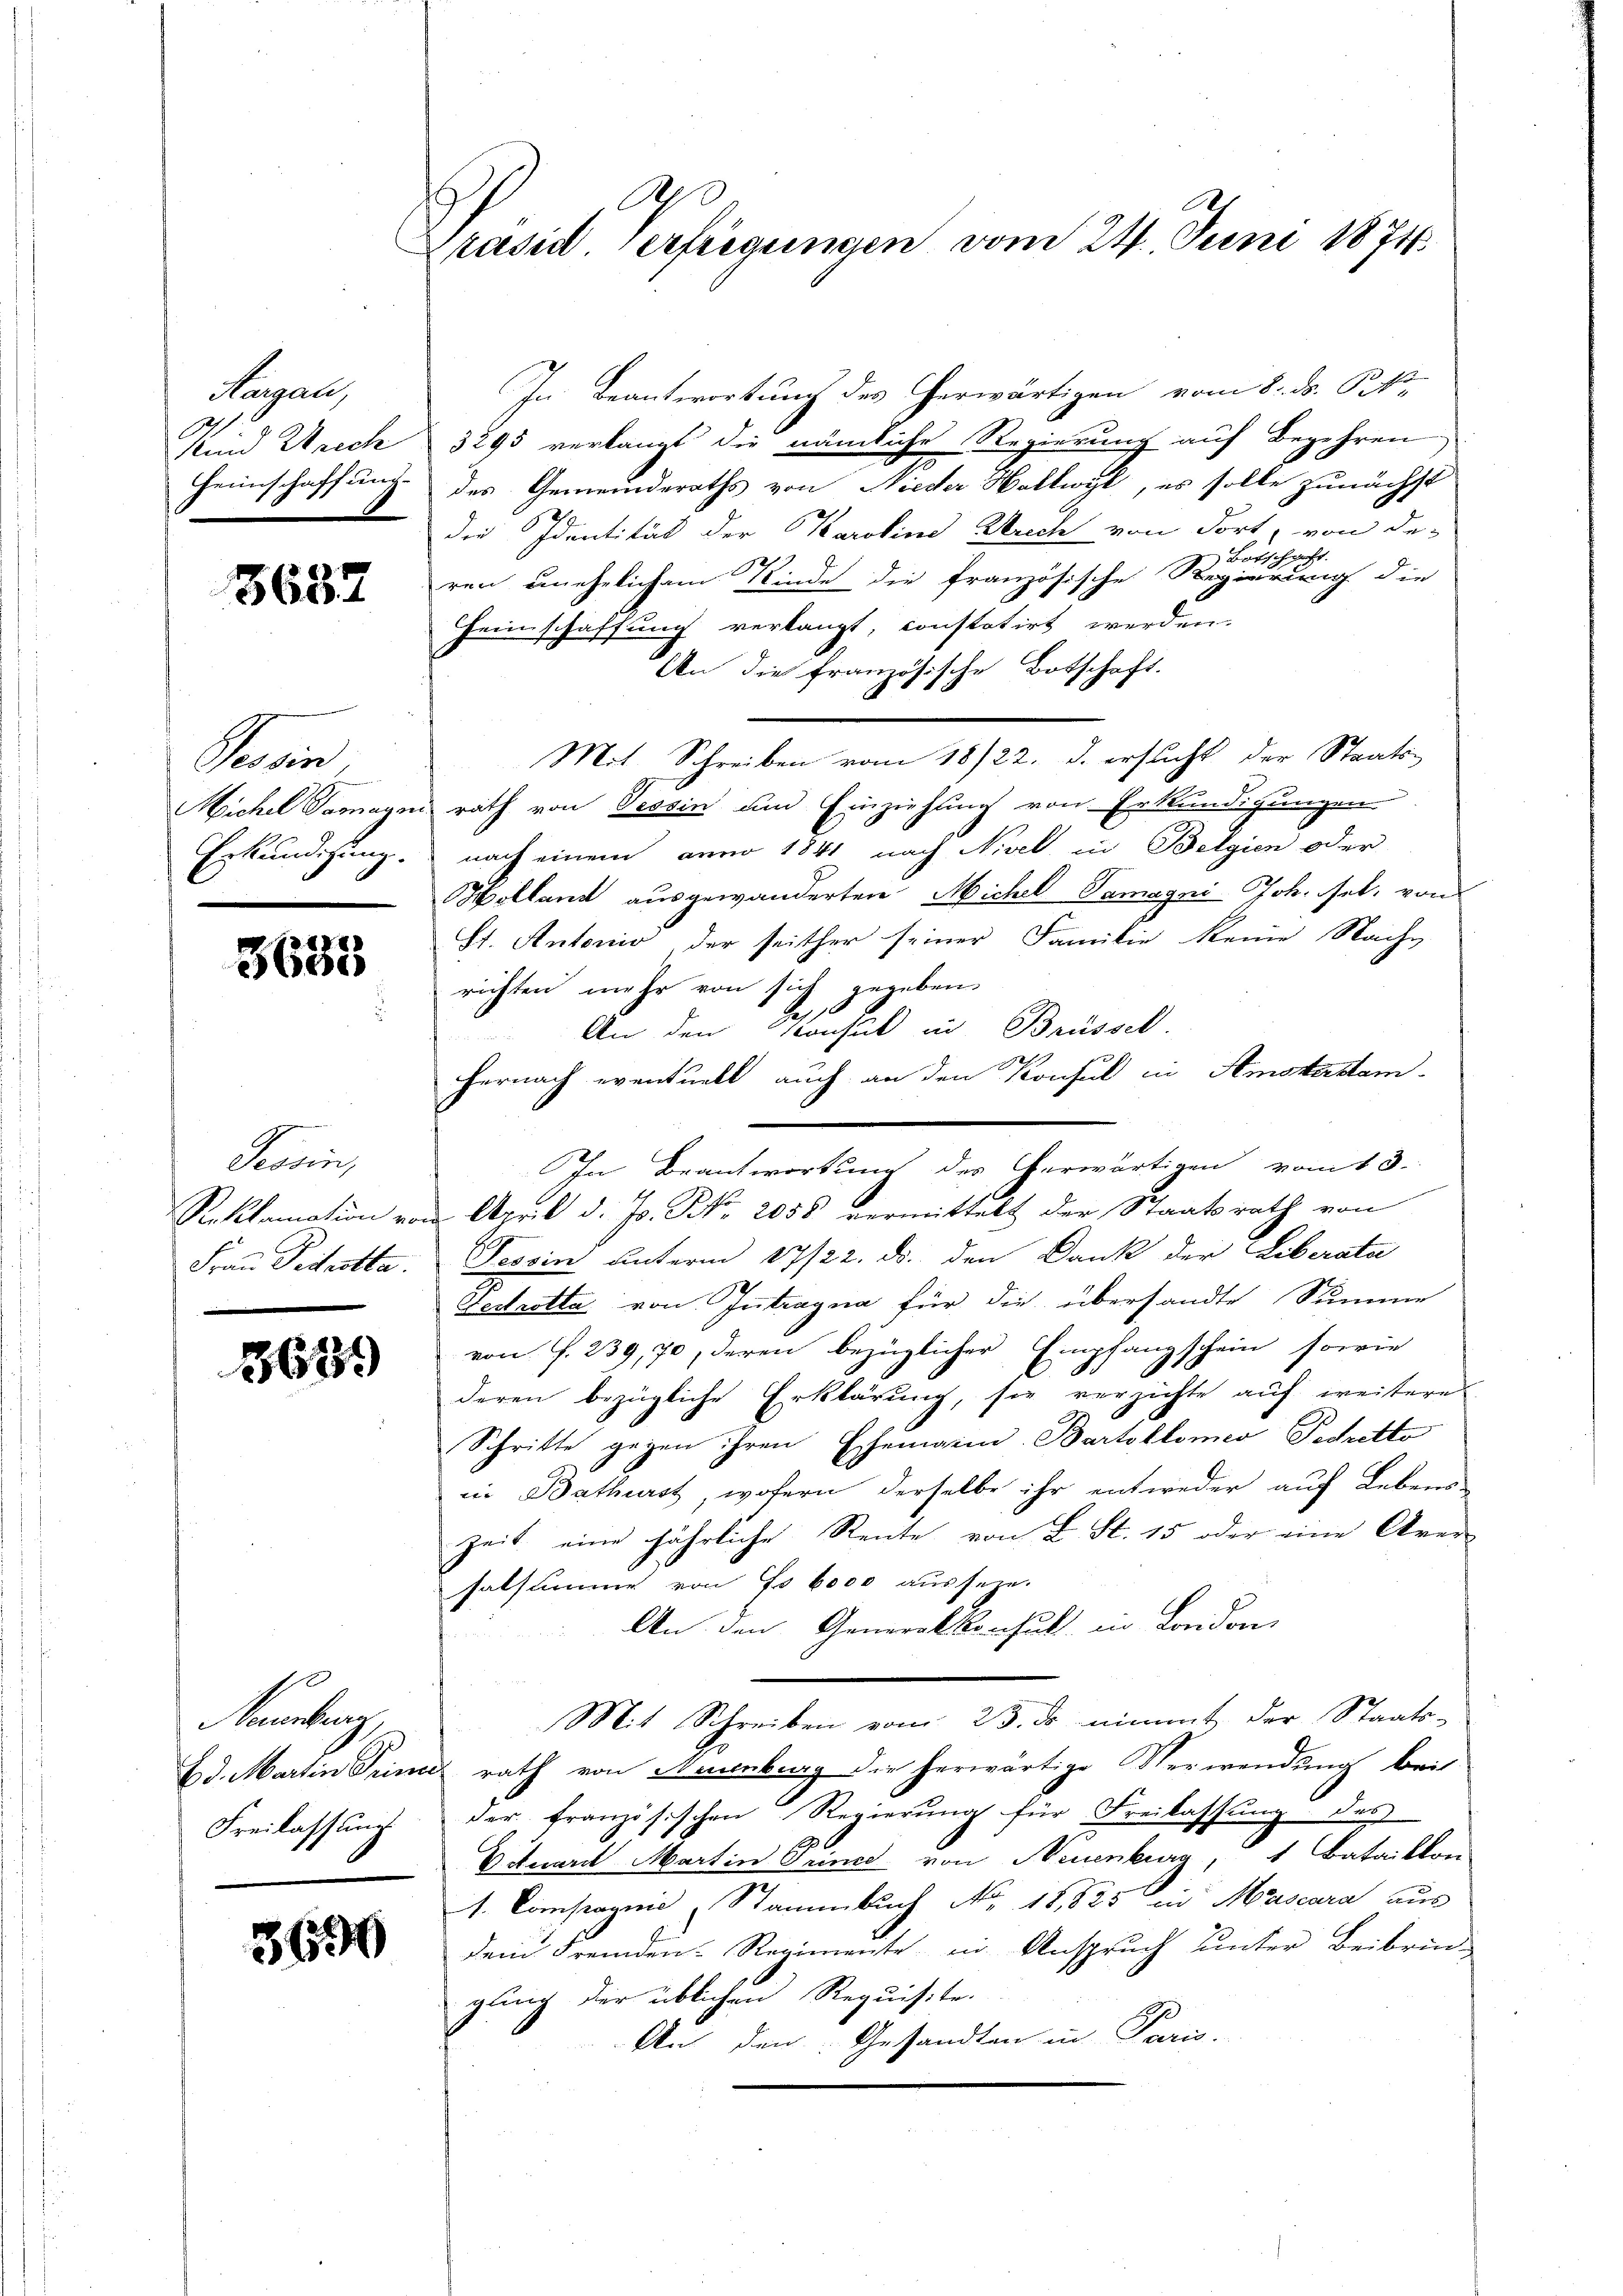
Aargau,
Kind Weich
Heimschaff und

3637

Kan
Erkundigung.

XX.8)
3630

Tessin,
Reklamation vo
Frau Peitzotta.

3639

E
Naumburg,
Freilassung

3690

A
Präsid erfregungen vom 24. Juni 1874

In Beantwortung des herwärtigen vom 8. ds. P
3295 verlangt die nämliche Regierung auf Begehren
des Gemeinderaths von Nieder Hallwyl, es solle zunächst
die Identität der Karoline Gerich von dort, von de-
Botschaft.
ren unehelichem Kinde die französische Regierung die
Heimschaffung verlangt, constatirt werden.
An die französische Botschaft.
Mit Schreiben vom 18/22. d. ersucht der Staats-
Michel Samagen rath von Tessin um Einziehung von Erkundigungen
nach einem anno 1841 nach Nivel in Belgien oder
Holland ausgewanderten Michel Samagni Joh. sel, von
St. Antonio, der seither seiner Familie keine Nache
richten mehr von sich gegeben.
Be
An den Konsul in Brüssel.
2h.
hernach eventuell auch an den Konsul in Amsterstam-
 April d. Js. No. 2058 vermittelt der Staatsrath von
Tessin unterm 17/22. ds. den Dank der Liberate
Pedastta von Intragna für die übersandte Summe
von f. 239, 70, deren bezüglicher Empfangschein sowie
deren bezügliche Erklärung, sie verzichte auf weitere
Schritte gegen ihren Ehemain-Bartolomeo Petretto
in Bathurst, wofern derselbe ihr entweder auf Lebens-
Zeit eine jährliche Rente von L. St. 15 oder eine Aver
Eatsumme von Fr. 6000 aussehe.
An den Generalkonsul in London,
Mit Schreiben vom 23. ds nimmt der Staats-
Ed. Martin Triniz rath von Augenburg die herwärtige Verwendung bei
der französischen Regierung für Freilassung des
Vituard Martin Prince von Neuenburg, 1 Bataillon
1. Compagnie, Stammbuch No. 18,825 in Mascara aus
dem Fremden-Regimente in Anspruch unter Beibrin-
gung der üblichen Requisite.
An den Gesandten in Paris.

In Beantwortung des herwärtigen vom 18.